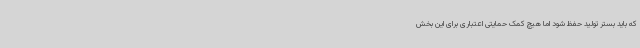
که باید بستر تولید حفظ شود اما هیچ کمک حمایتی اعتباری برای این بخش